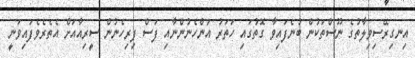
އިނގިރޭސިވިލާތުގެ ނޫސްތަކުން ބުނެފައިވާ ގޮތުގައި ހަތަރު އަންހެނުންނާއި ފަސް ފިރިހެނުން ސީރިއާއަށް އެތެރެވެފައިވަނީ